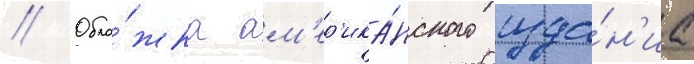
// Обло́жка ам'ер'ика́нского изда́н'иа